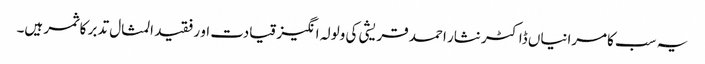
یہ سب کامرانیاں ڈاکٹر نثار احمد قریشی کی ولولہ انگیز قیادت او رفقید المثال تدبر کا ثمر ہیں۔